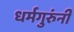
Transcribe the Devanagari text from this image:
धर्मगुरुंनी